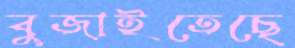
বুজাইতেছে